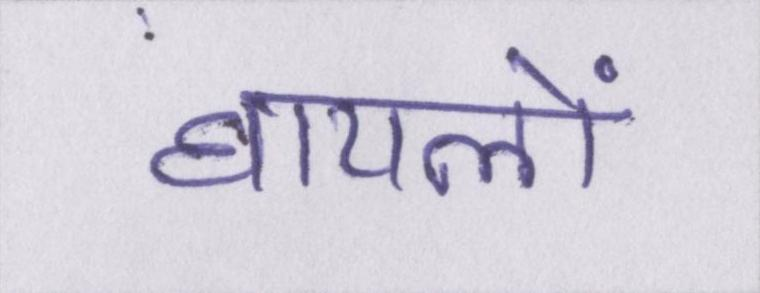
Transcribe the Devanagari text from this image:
घायलों